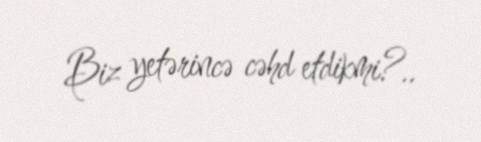
Biz yetərincə cəhd etdikmi?..